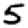
Digit: 5